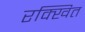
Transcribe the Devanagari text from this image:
रक्खित